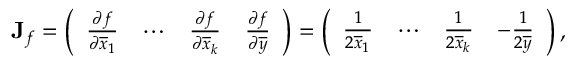
\mathbf { J } _ { f } = \left( \begin{array} { l l l l } { \frac { \partial f } { \partial \overline { { x } } _ { 1 } } } & { \cdots } & { \frac { \partial f } { \partial \overline { { x } } _ { k } } } & { \frac { \partial f } { \partial \overline { { y } } } } \end{array} \right) = \left( \begin{array} { l l l l } { \frac { 1 } { 2 \overline { { x } } _ { 1 } } } & { \cdots } & { \frac { 1 } { 2 \overline { { x } } _ { k } } } & { - \frac { 1 } { 2 \overline { { y } } } } \end{array} \right) ,